Lunatic asylums Punjab 1895-1910 - 1895-1910
Year: 1895
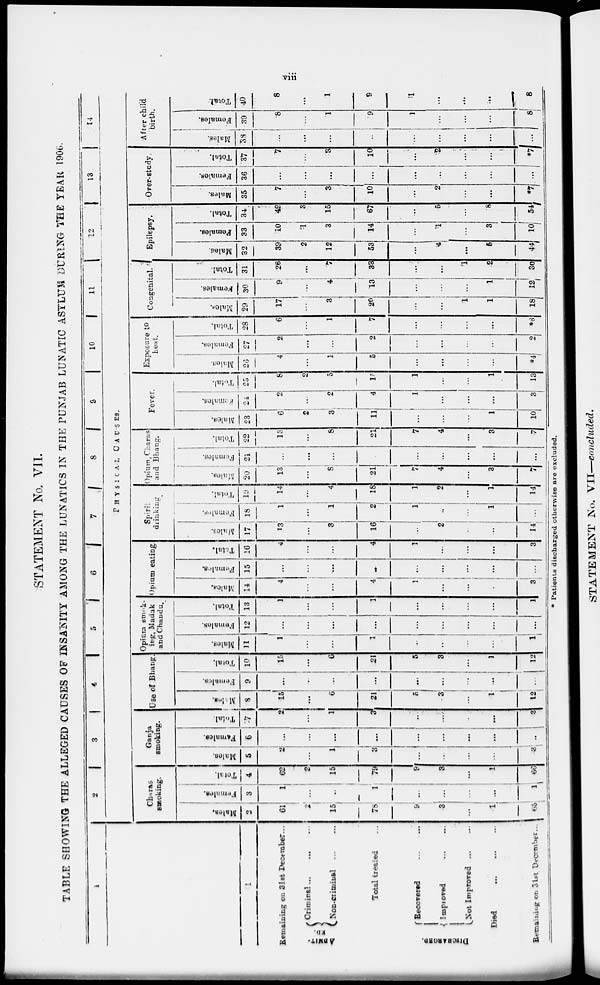
vii
STATEMENT No. VII.
TABLE SHOWING THE ALLEGED CAUSES OF INSANITY AMONG THE LUNATICS IN THE PUNJAB LUNATIC ASYLUM DURING THE YEAR 1906.
1
1
Remaining on 31st December...
ADMITED.
Criminal
...
...
Non-criminal
...
...
Total treated ...
DISCHARGED.
Recovered
...
...
Improved
...
...
Not Improved ... ...
Died
...
...
...
Remaining on 31st December ...
2
3
4
5
6
7
8
9
10
11
12
13
14
PHYSICAL
CAUSES.
Charas
smoking.
Males.
2
61
2
15
78
9
3
...
1
65
Females.
3
1
...
...
1
...
...
...
...
1
Total.
4
62
2
15
79
9
3
...
1
66
Ganja
smoking.
Males.
5
2
...
1
3
...
...
...
...
3
Females.
6
...
...
...
...
...
...
...
...
...
Total.
7
2
...
1
3
...
...
...
...
3
Use of Bhang.
Males.
8
15
...
6
21
5
3
...
1
12
Females.
9
...
...
...
...
...
...
...
...
...
Total.
10
15
...
6
21
5
3
...
1
12
Opium smok-
ing, Madak
and Chandu.
Males.
11
1
...
...
1
...
...
...
...
1
Females.
12
...
...
...
...
...
...
...
...
...
Total.
13
1
...
...
1
...
...
...
...
1
Opium eating.
Males.
14
4
...
...
4
1
...
...
1
3
Females.
15
...
...
...
...
...
...
...
...
...
Total.
16
4
...
...
4
1
...
...
...
3
Spirit
drinking.
Males.
17
13
...
3
16
...
2
...
...
14
Females.
18
1
...
1
2
1
...
...
1
...
Total.
19
14
...
4
18
1
2
...
1
14
Opium, Charas
and Bhang.
Males.
20
13
...
8
21
7
4
...
3
7
Females.
21
...
...
...
...
...
...
...
...
...
Total.
22
13
...
8
21
7
4
...
3
7
Fever.
Males.
23
6
2
3
11
...
...
...
1
10
Females.
24
2
...
2
4
1
...
...
...
3
Total.
25
8
2
5
15
1
...
...
1
13
Exposure to
heat.
Males.
26
4
...
1
5
...
...
...
...
*4
Females.
27
2
...
...
2
...
...
...
...
2
Total.
28
6
...
1
7
...
...
...
...
*6
Congenital.
Males.
29
17
...
3
20
...
...
1
1
18
Females.
30
9
...
4
13
...
...
...
1
12
Total.
31
26
...
7
33
...
...
1
2
30
Epilepsy.
Males.
32
39
2
12
53
...
4
...
6
44
Females.
33
10
1
3
14
...
1
...
8
10
Total.
34
49
3
15
67
...
5
...
8
54
Over-study.
Males.
35
7
...
3
10
...
2
...
...
*7
Females.
36
...
...
...
...
...
...
...
...
...
Total.
37
7
...
3
10
...
2
...
...
*7
After child
birth.
Males.
38
...
...
...
...
...
...
...
...
...
Females.
39
8
...
1
9
1
...
...
...
8
Total.
40
8
...
1
9
1
...
...
...
8
* Patients discharged otherwise are excluded.